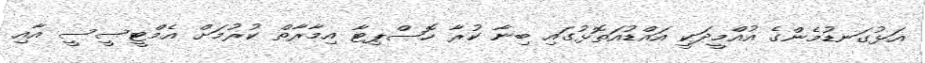
އަޅުގަނޑުމެންގެ އުއްމީދަކީ އައްޑުއަތޮޅުގައި ބިނާ ކުރާ ހޮސްޕިޓާ އިމާރާތް ކުރުމަށް އެމްޓީސީސީ އާއި